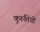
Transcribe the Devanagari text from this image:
कुरुतियों